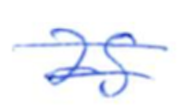
Text: as
Cross-out: double-line
Writing tool: ballpoint